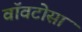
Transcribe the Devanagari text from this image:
वॉवटोसा